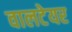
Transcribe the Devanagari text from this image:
वालटेयर